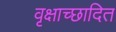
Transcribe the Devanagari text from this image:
वृक्षाच्छादित